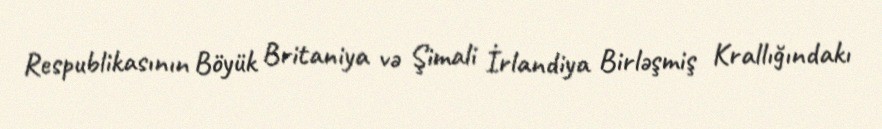
Respublikasının Böyük Britaniya və Şimali İrlandiya Birləşmiş Krallığındakı